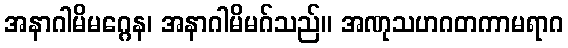
အနာဂါမိမဂ္ဂေန၊ အနာဂါမိမဂ်သည်။ အဏုသဟဂတကာမရာဂ